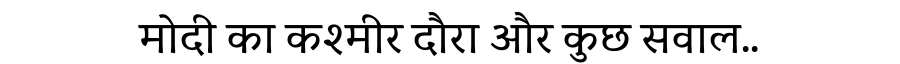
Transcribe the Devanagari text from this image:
मोदी का कश्मीर दौरा और कुछ सवाल..